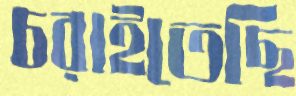
চরাইতেছি